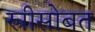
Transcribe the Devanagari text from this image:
स्त्रीसोबत